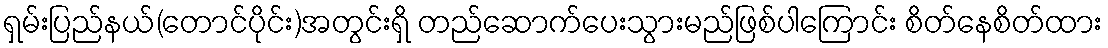
ရှမ်းပြည်နယ်(တောင်ပိုင်း)အတွင်းရှိ တည်ဆောက်ပေးသွားမည်ဖြစ်ပါကြောင်း စိတ်နေစိတ်ထား